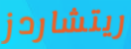
ريتشاردز